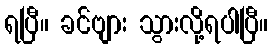
ရပြီ။ ခင်ဗျား သွားလို့ရပါပြီ။